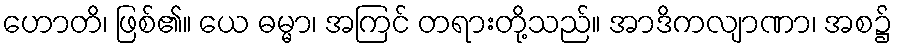
ဟောတိ၊ ဖြစ်၏။ ယေ ဓမ္မာ၊ အကြင် တရားတို့သည်။ အာဒိကလျာဏာ၊ အစ၌